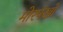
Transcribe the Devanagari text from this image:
मोरपंखों